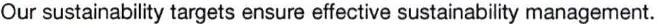
Our sustainability targets ensure effective sustainability management.